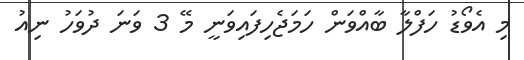
މި އެވޯޑު ހަފްލާ ބާއްވަން ހަމަޖެހިފައިވަނީ މޭ 3 ވަނަ ދުވަހު ނިއު